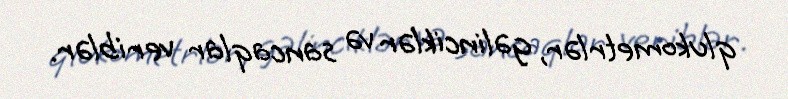
qlukometrlər, gəlinciklər və sancaqlar veriblər.